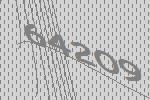
64209